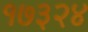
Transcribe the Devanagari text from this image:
१७३२४